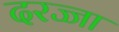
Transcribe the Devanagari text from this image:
दरज्जा